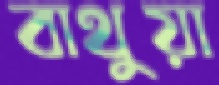
বাথুয়া